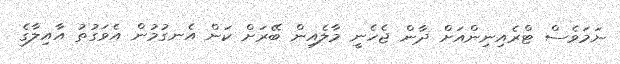
ނަމަވެސް ޓްރެއިނިންއަށް ދާން ޖެހެނީ މާލެއިން ބޭރަށް ކަން އެނގުމުން އެވަގުތު އާއިލާގެ